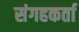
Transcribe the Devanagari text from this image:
संगहकर्ता